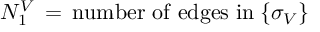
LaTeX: N _ { 1 } ^ { V } \, = \, \mathrm { n u m b e r ~ o f ~ e d g e s ~ i n } \: \{ \sigma _ { V } \}